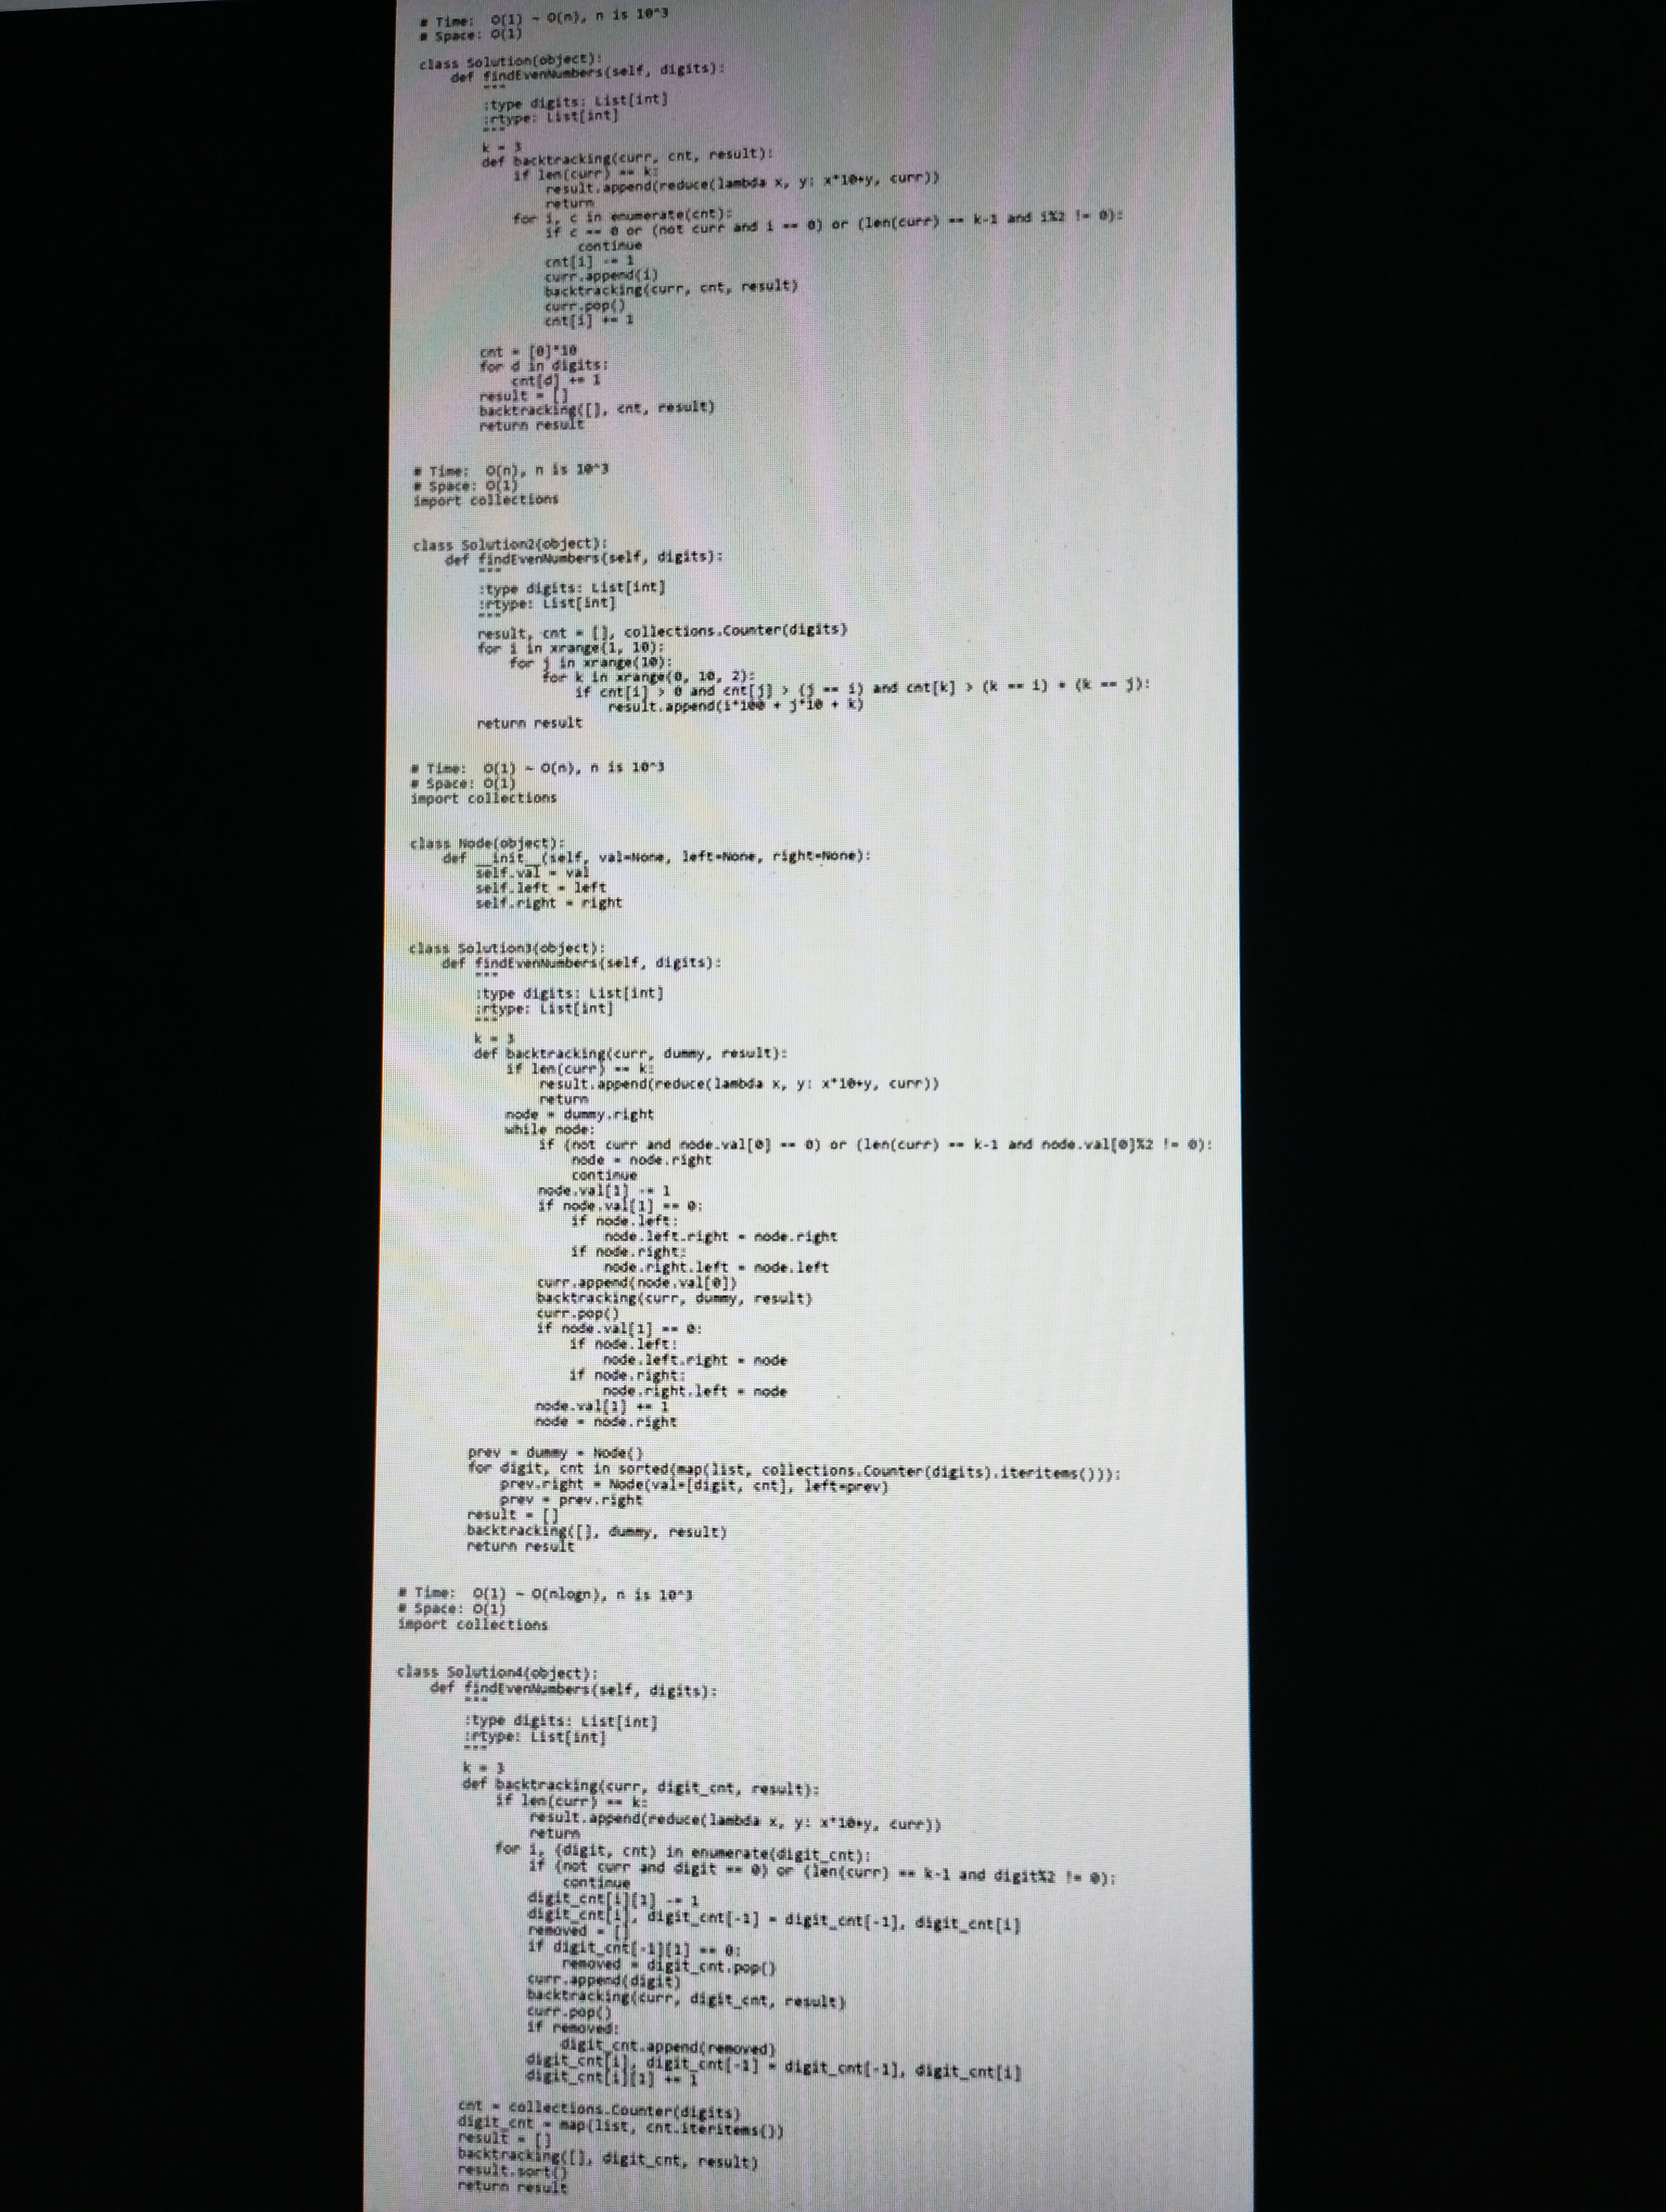
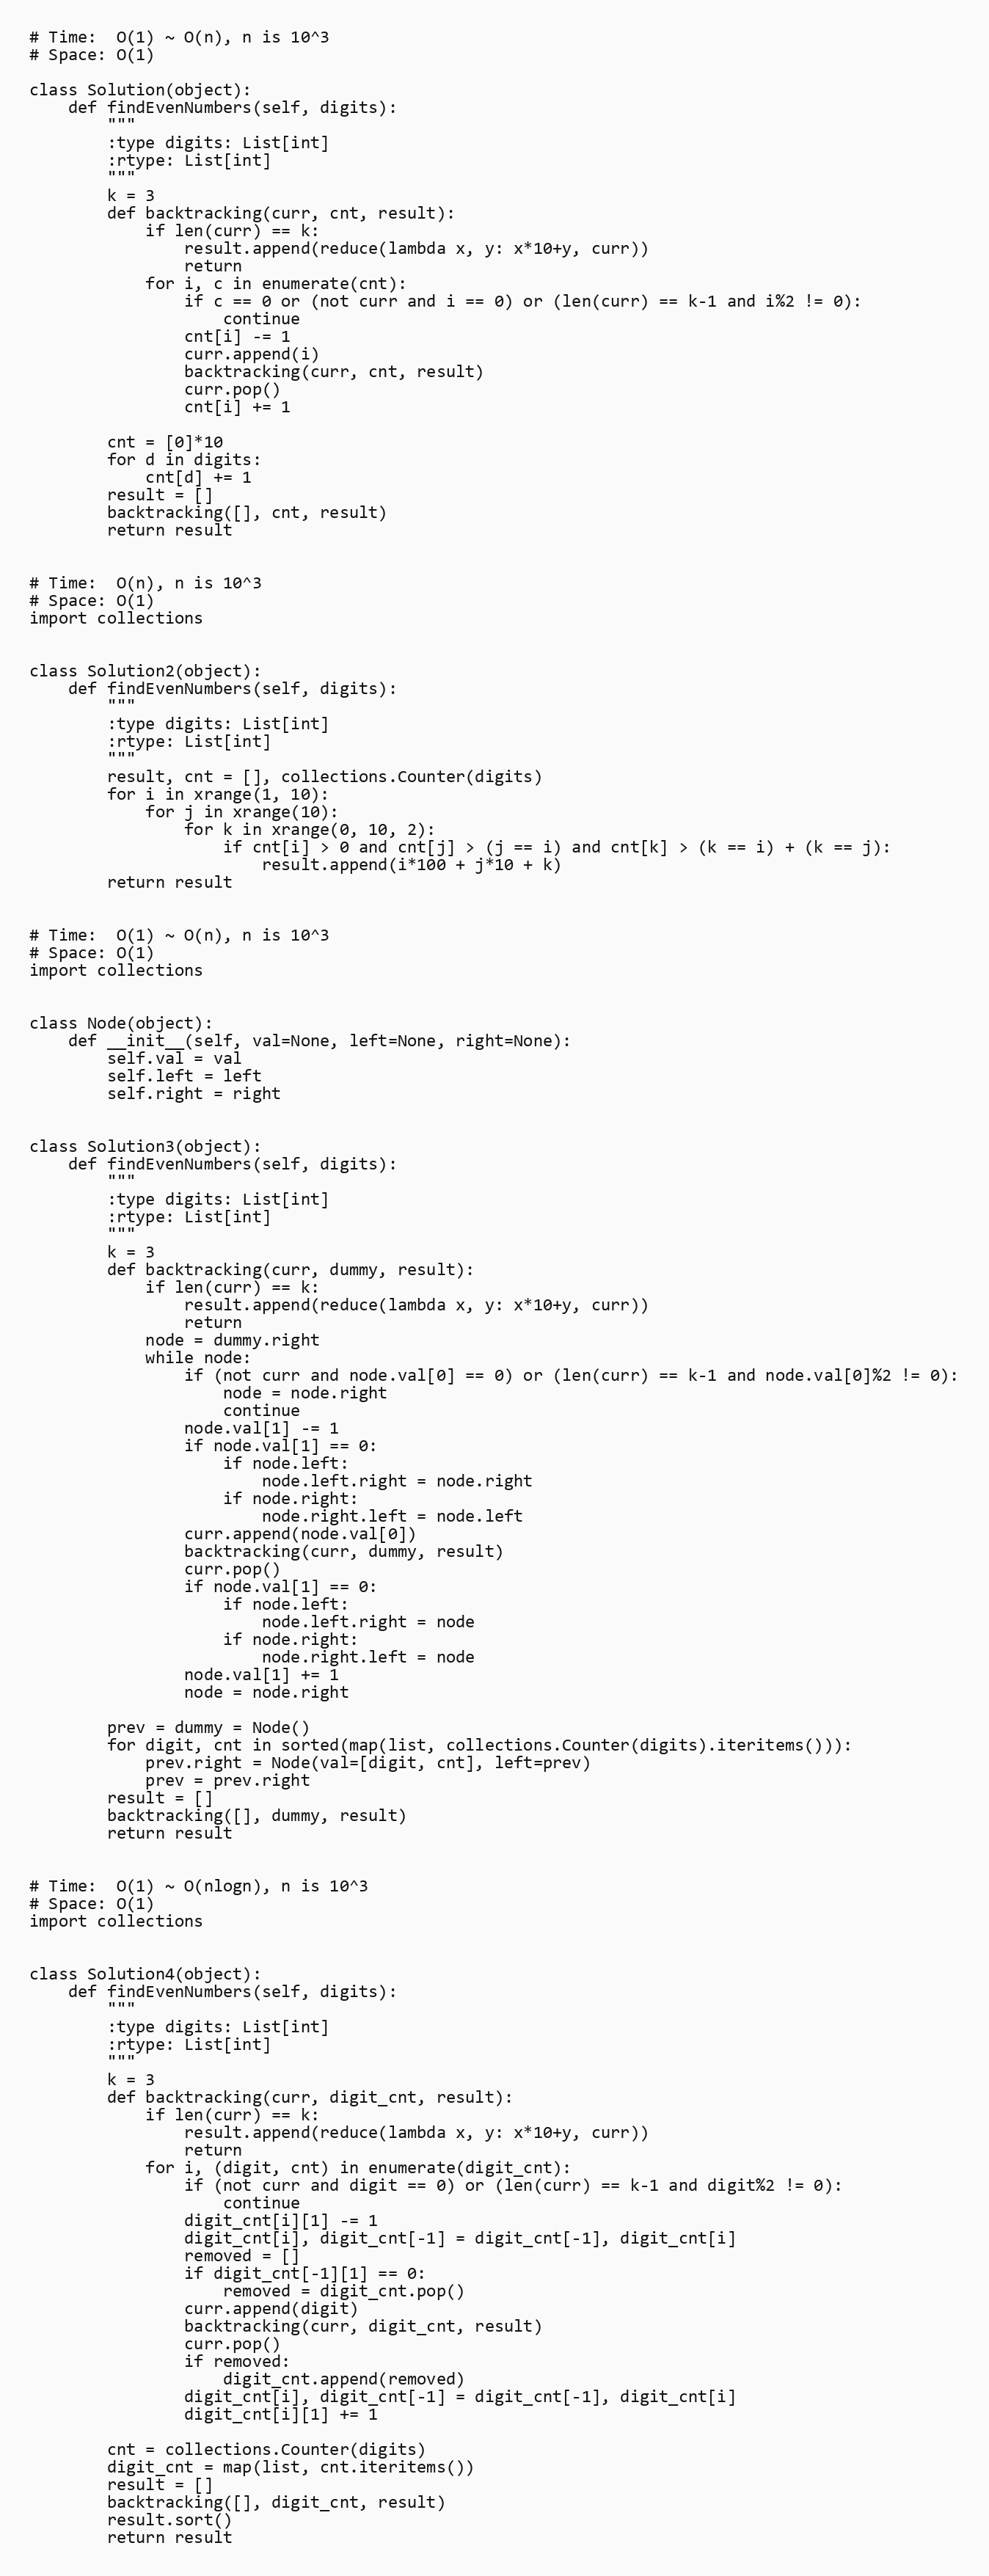
# Time:  O(1) ~ O(n), n is 10^3
# Space: O(1)

class Solution(object):
    def findEvenNumbers(self, digits):
        """
        :type digits: List[int]
        :rtype: List[int]
        """
        k = 3
        def backtracking(curr, cnt, result):
            if len(curr) == k:
                result.append(reduce(lambda x, y: x*10+y, curr))
                return
            for i, c in enumerate(cnt):
                if c == 0 or (not curr and i == 0) or (len(curr) == k-1 and i%2 != 0):
                    continue
                cnt[i] -= 1
                curr.append(i)
                backtracking(curr, cnt, result)
                curr.pop()
                cnt[i] += 1

        cnt = [0]*10
        for d in digits:
            cnt[d] += 1
        result = []
        backtracking([], cnt, result)
        return result

# Time:  O(n), n is 10^3
# Space: O(1)
import collections

class Solution2(object):
    def findEvenNumbers(self, digits):
        """
        :type digits: List[int]
        :rtype: List[int]
        """
        result, cnt = [], collections.Counter(digits)
        for i in xrange(1, 10):
            for j in xrange(10):
                for k in xrange(0, 10, 2):
                    if cnt[i] > 0 and cnt[j] > (j == i) and cnt[k] > (k == i) + (k == j):
                        result.append(i*100 + j*10 + k)
        return result

# Time:  O(1) ~ O(n), n is 10^3
# Space: O(1)
import collections

class Node(object):
    def __init__(self, val=None, left=None, right=None):
        self.val = val
        self.left = left
        self.right = right

class Solution3(object):
    def findEvenNumbers(self, digits):
        """
        :type digits: List[int]
        :rtype: List[int]
        """
        k = 3
        def backtracking(curr, dummy, result):
            if len(curr) == k:
                result.append(reduce(lambda x, y: x*10+y, curr))
                return
            node = dummy.right
            while node:
                if (not curr and node.val[0] == 0) or (len(curr) == k-1 and node.val[0]%2 != 0):
                    node = node.right
                    continue
                node.val[1] -= 1
                if node.val[1] == 0:
                    if node.left:
                        node.left.right = node.right
                    if node.right:
                        node.right.left = node.left
                curr.append(node.val[0])
                backtracking(curr, dummy, result)
                curr.pop()
                if node.val[1] == 0:
                    if node.left:
                        node.left.right = node
                    if node.right:
                        node.right.left = node
                node.val[1] += 1
                node = node.right

        prev = dummy = Node()
        for digit, cnt in sorted(map(list, collections.Counter(digits).iteritems())):
            prev.right = Node(val=[digit, cnt], left=prev)
            prev = prev.right
        result = []
        backtracking([], dummy, result)
        return result

# Time:  O(1) ~ O(nlogn), n is 10^3
# Space: O(1)
import collections

class Solution4(object):
    def findEvenNumbers(self, digits):
        """
        :type digits: List[int]
        :rtype: List[int]
        """
        k = 3
        def backtracking(curr, digit_cnt, result):
            if len(curr) == k:
                result.append(reduce(lambda x, y: x*10+y, curr))
                return
            for i, (digit, cnt) in enumerate(digit_cnt):
                if (not curr and digit == 0) or (len(curr) == k-1 and digit%2 != 0):
                    continue
                digit_cnt[i][1] -= 1
                digit_cnt[i], digit_cnt[-1] = digit_cnt[-1], digit_cnt[i]
                removed = []
                if digit_cnt[-1][1] == 0:
                    removed = digit_cnt.pop()
                curr.append(digit)
                backtracking(curr, digit_cnt, result)
                curr.pop()
                if removed:
                    digit_cnt.append(removed)
                digit_cnt[i], digit_cnt[-1] = digit_cnt[-1], digit_cnt[i]
                digit_cnt[i][1] += 1

        cnt = collections.Counter(digits)
        digit_cnt = map(list, cnt.iteritems())
        result = []
        backtracking([], digit_cnt, result)
        result.sort()
        return result